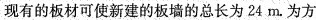
现有的板材可使新建的板墙的总长为24m。为方